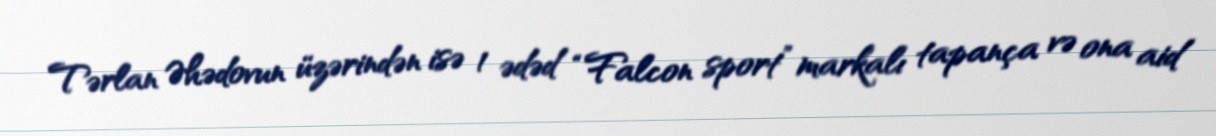
Tərlan Əhədovun üzərindən isə 1 ədəd “Falcon sport” markalı tapança və ona aid